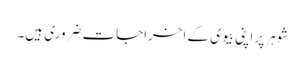
شوہر پر اپنی بیوی کے اخراجات ضروری ہیں۔